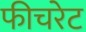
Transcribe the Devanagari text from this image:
फीचरेट